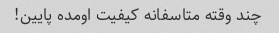
چند وقته متاسفانه کیفیت اومده پایین!